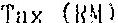
TAX (RM)